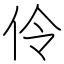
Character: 伶